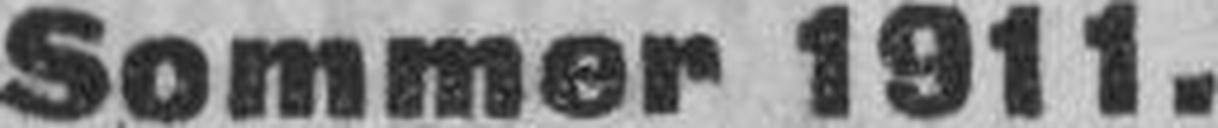
Sommer 1911.